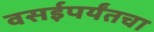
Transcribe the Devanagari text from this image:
वसईपर्यंतचा